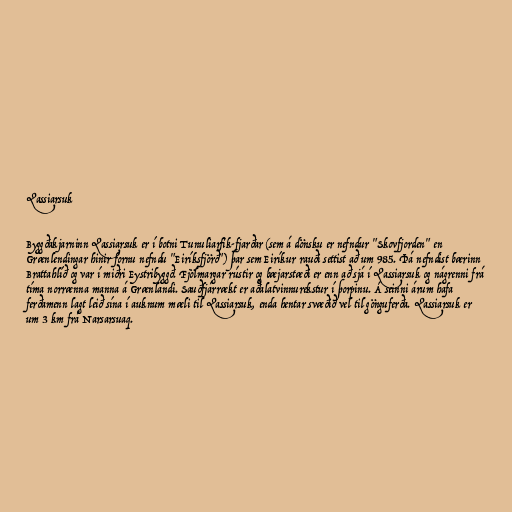
Qassiarsuk

Byggðakjarninn Qassiarsuk er í botni Tunuliarfik-fjarðar (sem á dönsku er nefndur "Skovfjorden" en
Grænlendingar hinir fornu nefndu "Eiríksfjörð") þar sem Eiríkur rauði settist að um 985. Þá nefndist bærinn
Brattahlíð og var í miðri Eystribyggð. Fjölmargar rústir og bæjarstæði er enn að sjá í Qassiarsuk og nágrenni frá
tíma norrænna manna á Grænlandi. Sauðfjárrækt er aðalatvinnurekstur í þorpinu. Á seinni árum hafa
ferðamenn lagt leið sína í auknum mæli til Qassiarsuk, enda hentar svæðið vel til gönguferða. Qassiarsuk er
um 3 km frá Narsarsuaq.